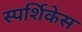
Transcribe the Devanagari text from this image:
स्पर्शिकेस